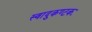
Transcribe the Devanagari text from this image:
स्वादुकण्टकः